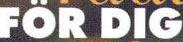
FÖR DIG